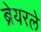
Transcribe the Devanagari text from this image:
ब्रेयरले